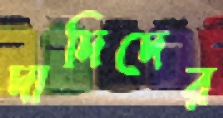
দাদিদের